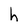
Character: h